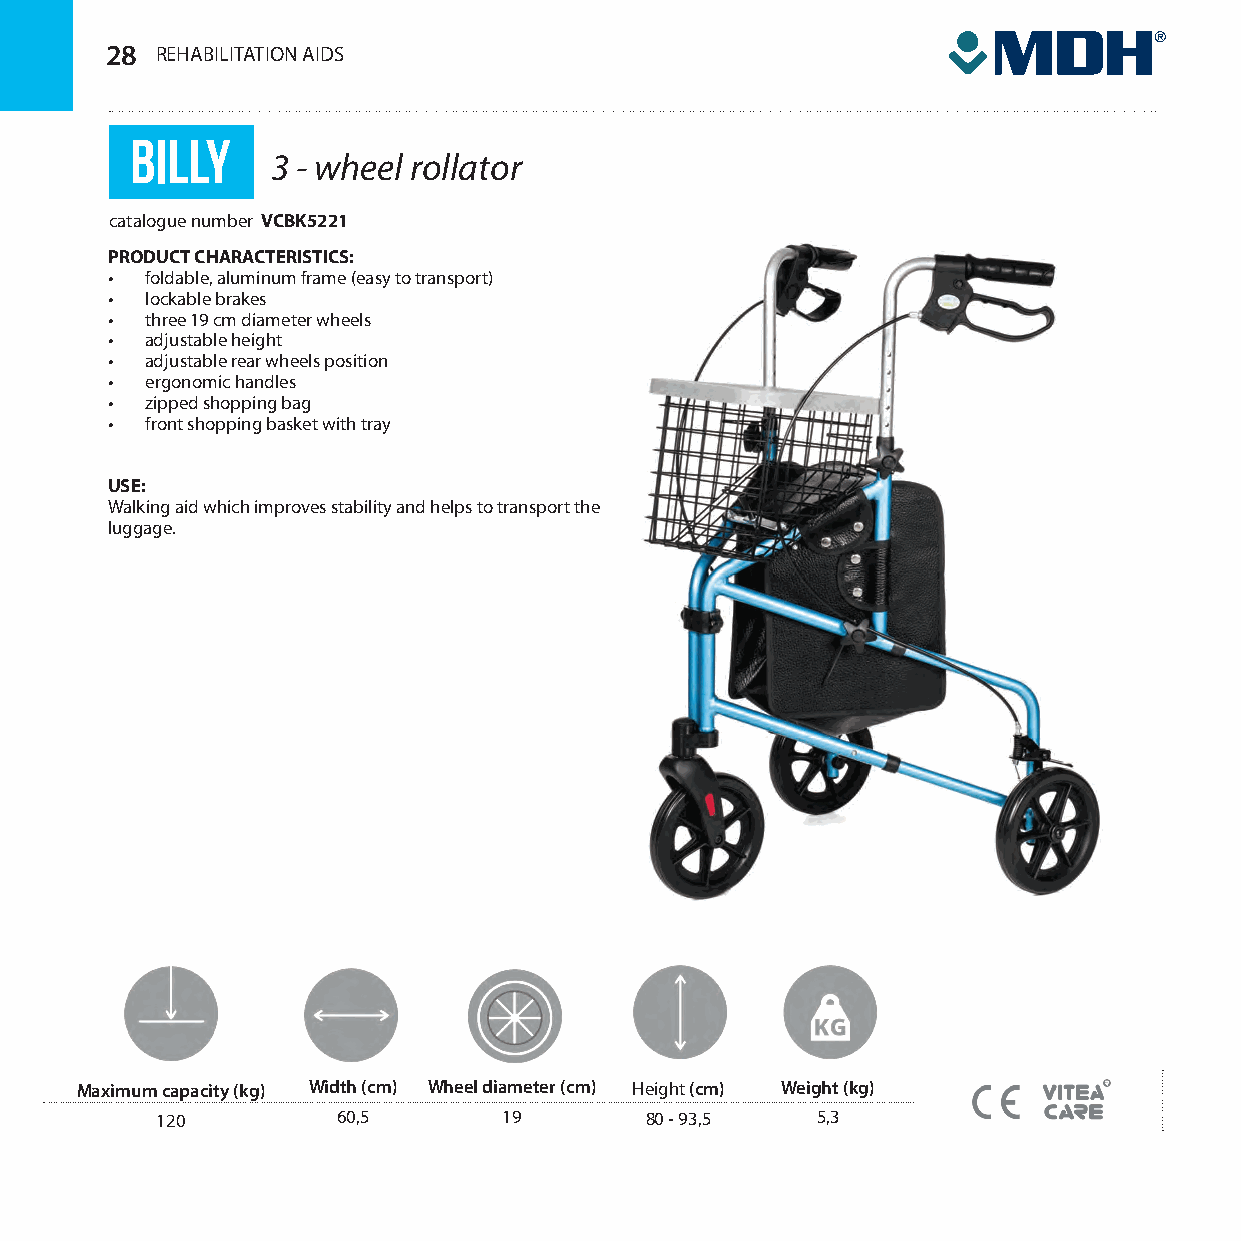
28 RREEHHAABBILIILTAITTAIOTNIO ANID ASIDS
 billy
 3 - wheel rollator
 catalogue number VCBK5221
 PRODUCT CHARACTERISTICS:
 •  foldable, aluminum frame (easy to transport)
 •  lockable brakes
 •  three 19 cm diameter wheels
 •  adjustable height
 •  adjustable rear wheels position
 •  ergonomic handles
 •  zipped shopping bag
 •  front shopping basket with tray
 USE:
 Walking aid which improves stability and helps to transport the
 luggage.
 Maximum capacity (kg) Width (cm) Wheel diameter (cm) Height (cm) Weight (kg)
 120         60,5       19        80 - 93,5  5,3